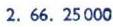
2. 66. 25 000